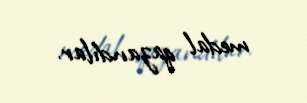
medal qazandılar.